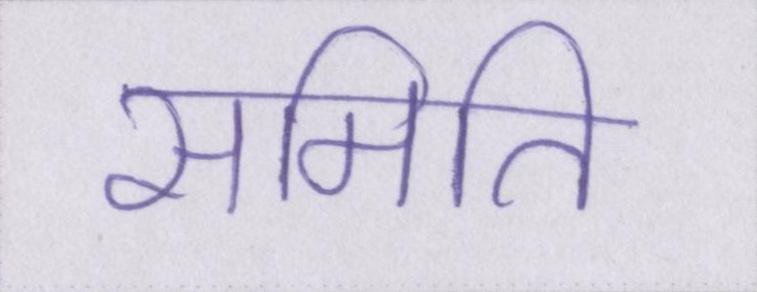
समिति